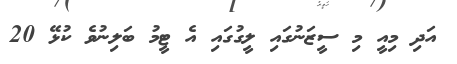
އަދި މިއީ މި ސީޒަނުގައި ލީގުގައި އެ ޓީމު ބަލިނުވެ ކުޅޭ 20